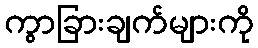
ကွာခြားချက်များကို